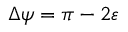
\Delta \psi = \pi - 2 \varepsilon